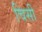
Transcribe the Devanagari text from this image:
चिसी